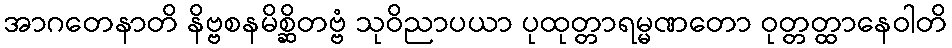
အာဂတေနာတိ နိဗ္ဗစနမိစ္ဆိတဗ္ဗံ သုဝိညာပယာ ပုထုတ္တာရမ္မဏတော ဝုတ္တတ္ထာနေဝါတိ